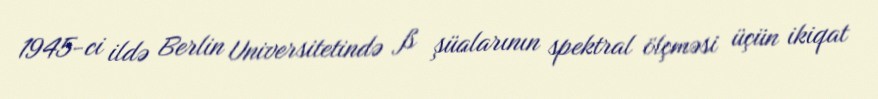
1945-ci ildə Berlin Universitetində ß şüalarının spektral ölçməsi üçün ikiqat